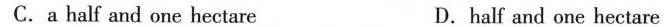
C. a half and one hectare D. half and one hectare